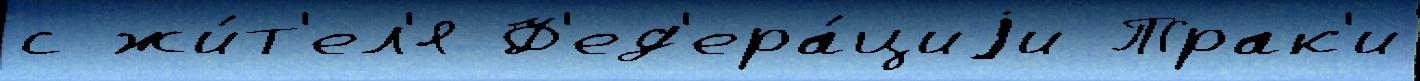
с жи́т'ел'я Ф'ед'ера́циjи Трак'и